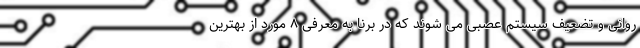
روانی و تضعیف سیستم عصبی می شوند که در برنا به معرفی ۸ مورد از بهترین